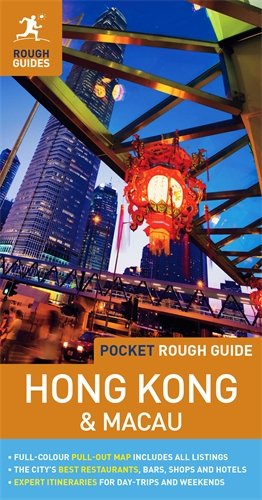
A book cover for Pocket Rough Guide Hong Kong (Rough Guide Pocket Guides); Rough Guides; Travel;